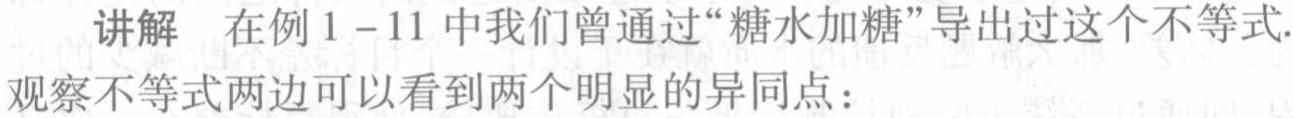
讲解 在例 \(1 - 11\) 中我们曾通过“糖水加糖”导出过这个不等式.
观察不等式两边可以看到两个明显的异同点：